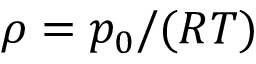
\rho = p _ { 0 } / ( R T )